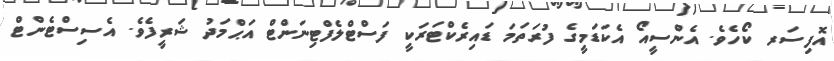
އޮފިސަރ ކޯހެވެ. އެންސީއޯ އެކަޑަމީގެ ފުރަތަމަ ޑައިރެކްޓަރަކީ ފަސްޓްލެފްޓިނަންޓް އަޙްމަދު ޝަރީފެވެ. އެސިސްޓެންޓް